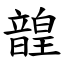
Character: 韹